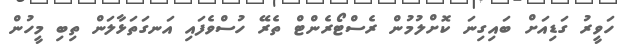
ހަވީރު ގަޑިއަށް ބައިގިނަ ކޮށްލުމުން ރެސްޓޯރެންޓް ތެރޭ ހުސްވެފައި އަނގަތަޅާލަން ތިބި މީހުން